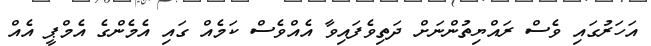
އަހަރުގައި ވެސް ރައްޔިތުންނަށް ދަތިވެފައިވާ އެއްވެސް ކަމެއް ގައި އެމެންގެ އެމްޕީ އެއް